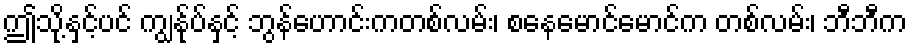
ဤသို့နှင့်ပင် ကျွန်ုပ်နှင့် ဘွန်ဟောင်းကတစ်လမ်း၊ စနေမောင်မောင်က တစ်လမ်း၊ ဘီဘီက